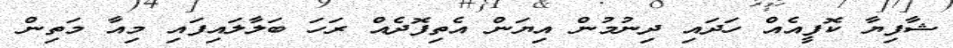
ޝާފިޔާ ކޮފީއެއް ހަދައި ދިނުމުން އިޔަން އެތިފޮދެއް ރަހަ ބަލާލައިފައި މިއާ މަތިން